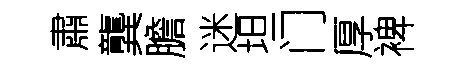
肅龔膽迷坦门厚裨